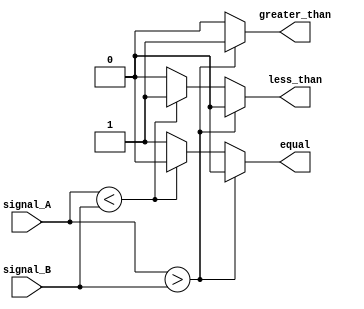
module Comparator(
  input [7:0] signal_A,
  input [7:0] signal_B,
  output reg greater_than,
  output reg less_than,
  output reg equal
);

always @(*) begin
  if (signal_A > signal_B) begin
    greater_than = 1;
    less_than = 0;
    equal = 0;
  end
  else if (signal_A < signal_B) begin
    greater_than = 0;
    less_than = 1;
    equal = 0;
  end
  else begin
    greater_than = 0;
    less_than = 0;
    equal = 1;
  end
end

endmodule